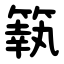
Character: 䉅